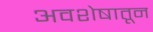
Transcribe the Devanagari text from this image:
अवशेषातून